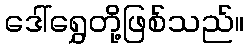
ဒေါ်ရွှေတို့ဖြစ်သည်။